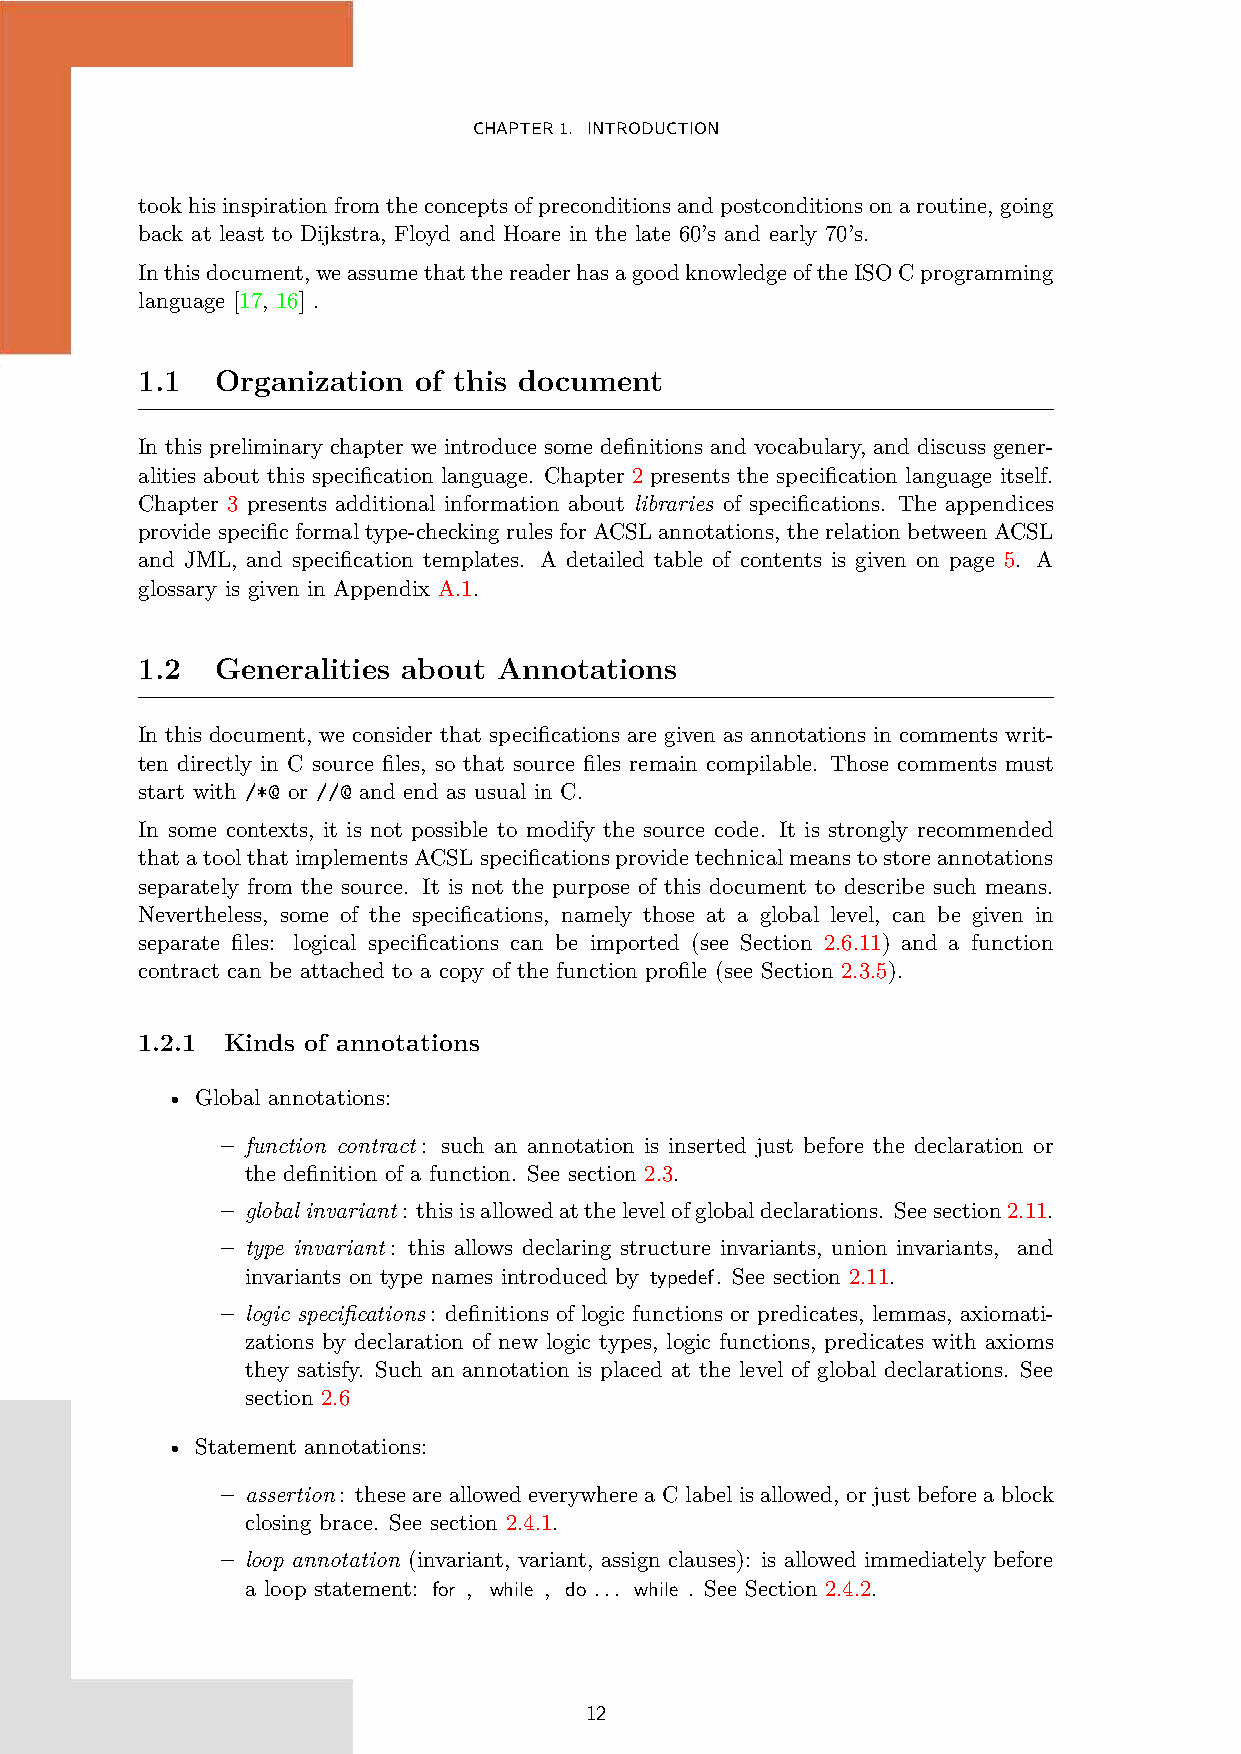
CHAPTER1. INTRODUCTION
 tookhisinspirationfromtheconceptsofpreconditionsandpostconditionsonaroutine, going
 back at least to Dijkstra, Floyd and Hoare in the late 60’s and early 70’s.
 Inthisdocument,weassumethatthereaderhasagoodknowledgeoftheISOCprogramming
 language [17, 16] .
 1.1  Organization of this document
 In this preliminary chapter we introduce some definitions and vocabulary, and discuss gener-
 alities about this specification language. Chapter 2 presents the specification language itself.
 Chapter 3 presents additional information about libraries of specifications. The appendices
 providespecificformaltype-checkingrulesforACSLannotations, therelationbetweenACSL
 and JML, and specification templates. A detailed table of contents is given on page 5. A
 glossary is given in Appendix A.1.
 1.2  Generalities about Annotations
 In this document, we consider that specifications are given as annotations in comments writ-
 ten directly in C source files, so that source files remain compilable. Those comments must
 start with /*@ or //@ and end as usual in C.
 In some contexts, it is not possible to modify the source code. It is strongly recommended
 thatatoolthatimplementsACSLspecificationsprovidetechnicalmeanstostoreannotations
 separately from the source. It is not the purpose of this document to describe such means.
 Nevertheless, some of the specifications, namely those at a global level, can be given in
 separate files: logical specifications can be imported (see Section 2.6.11) and a function
 contract can be attached to a copy of the function profile (see Section 2.3.5).
 1.2.1 Kinds of annotations
 • Global annotations:
 – function contract: such an annotation is inserted just before the declaration or
 the definition of a function. See section 2.3.
 – global invariant: thisisallowedatthelevelofglobaldeclarations. Seesection2.11.
 – type invariant: this allows declaring structure invariants, union invariants, and
 invariants on type names introduced by typedef. See section 2.11.
 – logic specifications: definitions of logic functions or predicates, lemmas, axiomati-
 zations by declaration of new logic types, logic functions, predicates with axioms
 they satisfy. Such an annotation is placed at the level of global declarations. See
 section 2.6
 • Statement annotations:
 – assertion: these are allowed everywhere a C label is allowed, or just before a block
 closing brace. See section 2.4.1.
 – loop annotation (invariant, variant, assign clauses): is allowed immediately before
 a loop statement: for , while , do ... while . See Section 2.4.2.
 12